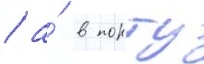
/ а́ в порту